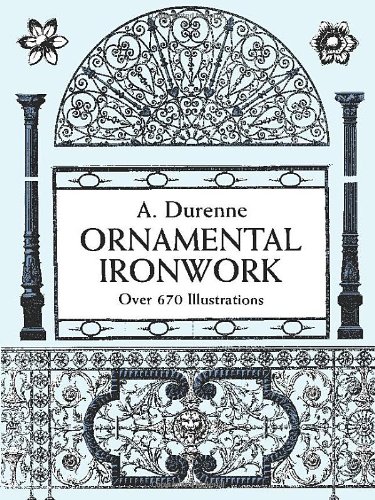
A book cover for Ornamental Ironwork: Over 670 Illustrations (Dover Pictorial Archive); A. Durenne; Humor & Entertainment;